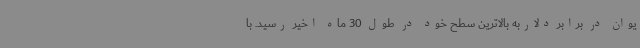
یوان در برابر دلاربه بالاترین سطح خود در طول 30 ماه اخیر رسید. با